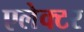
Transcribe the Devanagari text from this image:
एलेक्टर